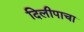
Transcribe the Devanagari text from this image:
दिलीपाचा